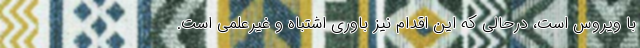
با ویروس است، درحالی که این اقدام نیز باوری اشتباه و غیرعلمی است.